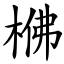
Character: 梻